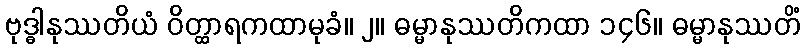
ဗုဒ္ဓါနုဿတိယံ ဝိတ္ထာရကထာမုခံ။ ၂။ ဓမ္မာနုဿတိကထာ ၁၄၆။ ဓမ္မာနုဿတိံ